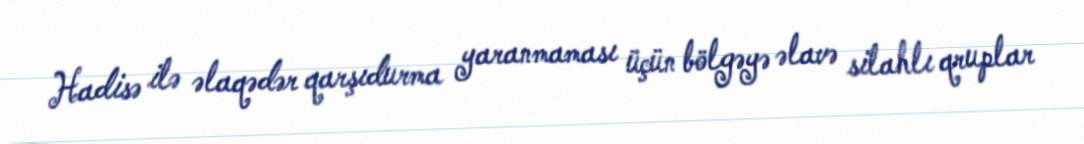
Hadisə ilə əlaqədər qarşıdurma yaranmaması üçün bölgəyə əlavə silahlı qruplar